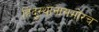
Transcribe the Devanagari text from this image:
हिंदुस्थानासमोरच